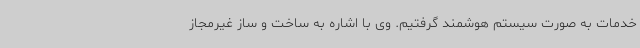
خدمات به صورت سیستم هوشمند گرفتیم. وی با اشاره به ساخت و ساز غیرمجاز